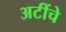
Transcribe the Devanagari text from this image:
अटींचे